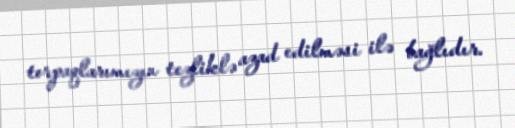
torpaqlarımızın tezliklə azad edilməsi ilə bağlıdır.